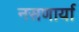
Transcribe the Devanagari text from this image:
नसणार्या